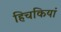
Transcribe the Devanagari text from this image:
हिचकियां